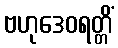
ဗဟုဒေဝရတ္တိံ